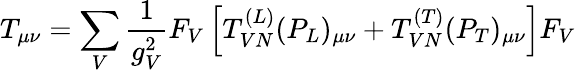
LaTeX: T_{\mu\nu}=\sum_{V}\frac{1}{g_{V}^{2}}F_{V}\left[T_{VN}^{(L)}(P_{L})_{\mu\nu}+T_{VN}^{(T)}(P_{T})_{\mu\nu}\right]F_{V}